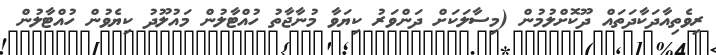
ރިވެތިއާދަކާދަތައް ދޫކޮށްލުމުން (މިސާލަކަށް ދަންވަރު ކިޔަވާ މުނާޖާތު ހުއްޓާލުން މައުލޫދު ކިޔެވުން ހުއްޓާލުން